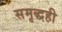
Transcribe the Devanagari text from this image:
समृद्धही